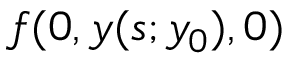
f ( 0 , y ( s ; y _ { 0 } ) , 0 )